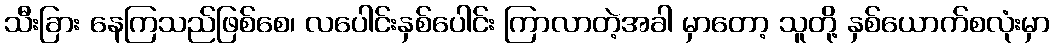
သီးခြား နေကြသည်ဖြစ်စေ၊ လပေါင်းနှစ်ပေါင်း ကြာလာတဲ့အခါ မှာတော့ သူတို့ နှစ်ယောက်စလုံးမှာ